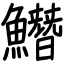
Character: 𩻛